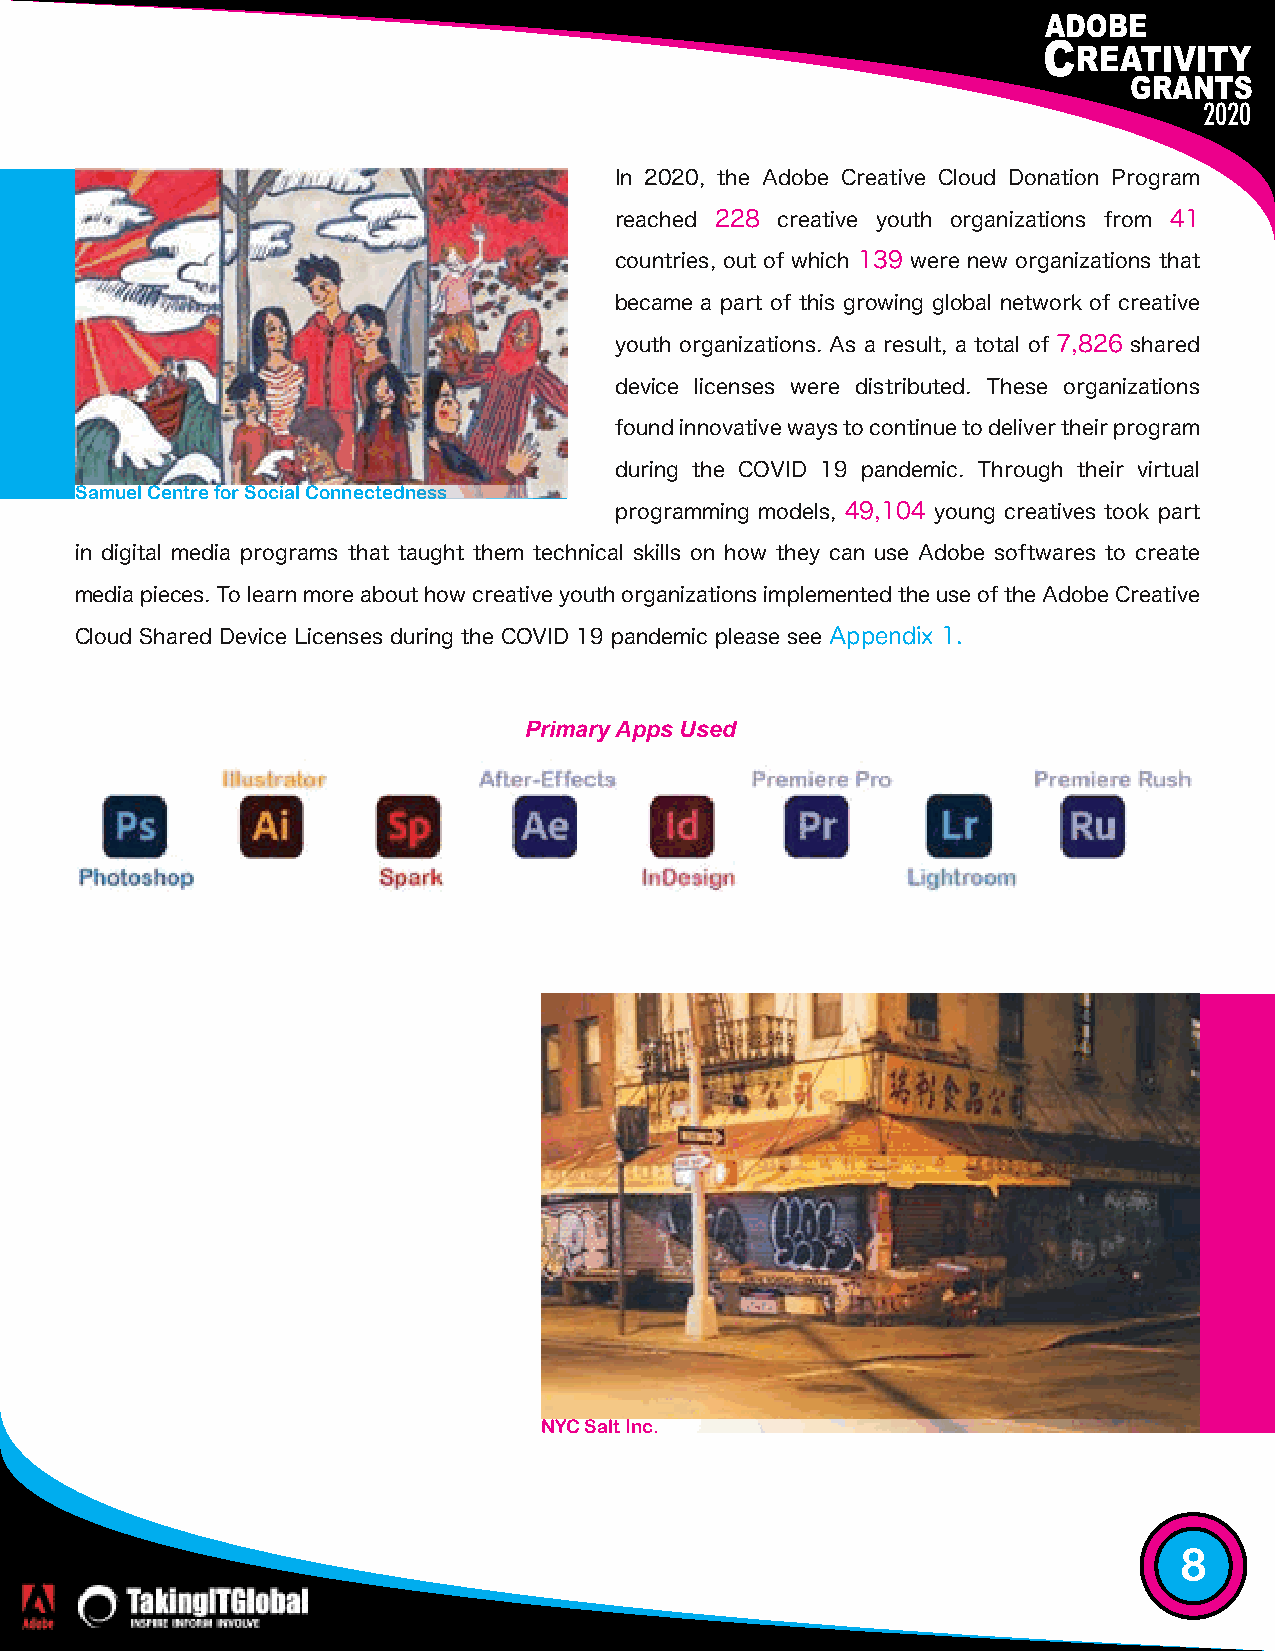
2020
 In 2020, the Adobe Creative Cloud Donation Program
 reached 228 creative youth organizations from 41
 countries, out of which 139 were new organizations that
 became a part of this growing global network of creative
 youth organizations. As a result, a total of 7,826 shared
 device licenses were distributed. These organizations
 found innovative ways to continue to deliver their program
 during the COVID 19 pandemic. Through their virtual
 Samuel Centre for Social Connectedness
 programming models, 49,104 young creatives took part
 in digital media programs that taught them technical skills on how they can use Adobe softwares to create
 media pieces. To learn more about how creative youth organizations implemented the use of the Adobe Creative
 Cloud Shared Device Licenses during the COVID 19 pandemic please see Appendix 1.
 Primary Apps Used
 NYC Salt Inc.
 8